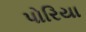
પોરિયા